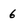
Character: 6